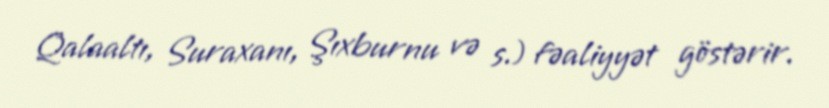
Qalaaltı, Suraxanı, Şıxburnu və s.) fəaliyyət göstərir.